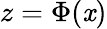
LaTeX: z=\Phi(\mathit{x})